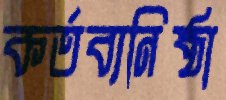
কর্তব্যনিষ্ঠা